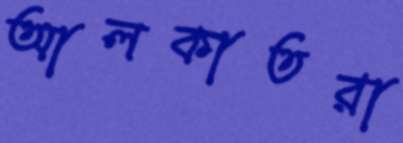
আলকাতরা